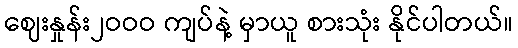
ဈေးနှုန်း၂ဝဝဝ ကျပ်နဲ့ မှာယူ စားသုံး နိုင်ပါတယ်။